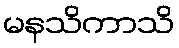
မနသိကာသိ